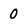
Character: 0